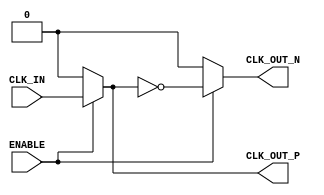
module differential_clock_buffer (
    input wire CLK_IN,    // Single-ended input clock
    input wire ENABLE,    // Enable signal
    output wire CLK_OUT_P, // Positive differential clock output
    output wire CLK_OUT_N  // Negative differential clock output
);

    // Internal signals
    wire clk_buffered; // Buffered clock signal

    // High-speed buffer to amplify the input clock signal
    // Using a simple buffer for demonstration purposes
    assign clk_buffered = ENABLE ? CLK_IN : 1'b0; // Buffering the input clock when ENABLE is high

    // Inverter to generate the negative differential clock output
    assign CLK_OUT_P = clk_buffered;          // Positive output
    assign CLK_OUT_N = ENABLE ? ~clk_buffered : 1'b0; // Negative output

    // Power management: When ENABLE is low, both outputs are driven to 0
    // This is already handled in the assignments above

endmodule